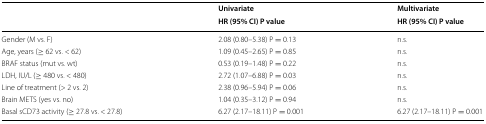
<table><thead><tr><td rowspan="2"></td><td><b>Univariate</b></td><td><b>Multivariate</b></td></tr><tr><td><b>HR (95% CI) P value</b></td><td><b>HR (95% CI) P value</b></td></tr></thead><tbody><tr><td>Gender (M vs. F)</td><td>2.08 (0.80–5.38) P = 0.13</td><td>n.s.</td></tr><tr><td>Age, years (≥ 62 vs. &lt; 62)</td><td>1.09 (0.45–2.65) P = 0.85</td><td>n.s.</td></tr><tr><td>BRAF status (mut vs. wt)</td><td>0.53 (0.19–1.48) P = 0.22</td><td>n.s.</td></tr><tr><td>LDH, IU/L (≥ 480 vs. &lt; 480)</td><td>2.72 (1.07–6.88) P = 0.03</td><td>n.s.</td></tr><tr><td>Line of treatment (&gt; 2 vs. 2)</td><td>2.38 (0.96–5.94) P = 0.06</td><td>n.s.</td></tr><tr><td>Brain METS (yes vs. no)</td><td>1.04 (0.35–3.12) P = 0.94</td><td>n.s.</td></tr><tr><td>Basal sCD73 activity (≥ 27.8 vs. &lt; 27.8)</td><td>6.27 (2.17–18.11) P = 0.001</td><td>6.27 (2.17–18.11) P = 0.001</td></tr></tbody></table>